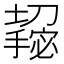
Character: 𫾌